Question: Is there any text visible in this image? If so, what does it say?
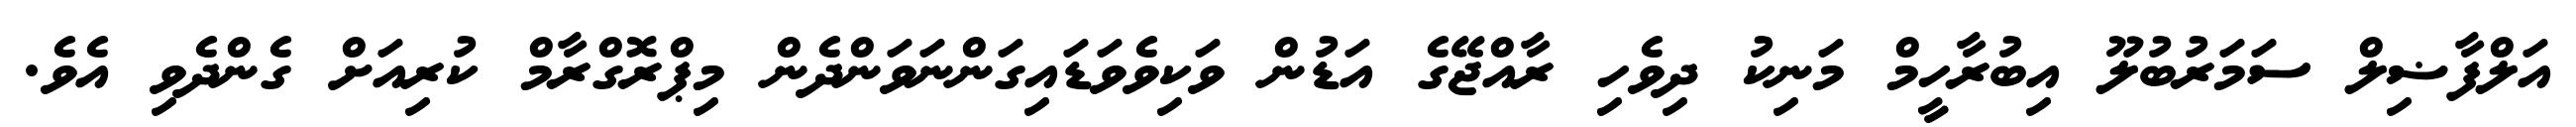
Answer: އަލްފާޟިލް ސަމަރުބުލޫ އިބުރާހީމް މަނިކު ދިވެހި ރާއްޖޭގެ އަޑުން ވަކިވެވަޑައިގަންނަވަންދެން މިޕްރޮގްރާމް ކުރިއަށް ގެންދެވި އެވެ.